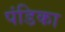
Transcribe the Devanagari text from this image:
पंडिका